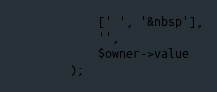
Language: PHP
            [' ', '&nbsp'],
            '',
            $owner->value
        );